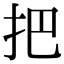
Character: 把